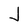
Character: J